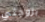
بزوجتي